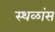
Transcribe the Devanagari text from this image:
स्थळांस